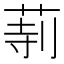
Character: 𦱰